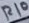
Text: R10